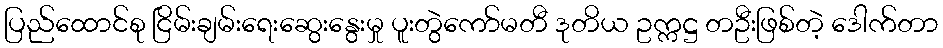
ပြည်ထောင်စု ငြိမ်းချမ်းရေးဆွေးနွေးမှု ပူးတွဲကော်မတီ ဒုတိယ ဥက္ကဋ္ဌ တဦးဖြစ်တဲ့ ဒေါက်တာ